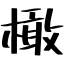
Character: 橄